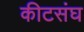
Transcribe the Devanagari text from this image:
कीटसंघ